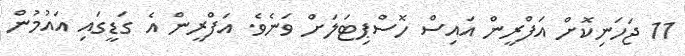
11 ޖަހަނިކޮށް އަފްރީން އައިސް ހޮސްޕިޓަލަށް ވަނެވެ. އަފްރީން އެ ގަޑީގައި އައުމުން